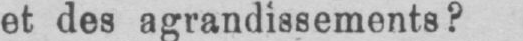
et des agrandissements?